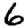
Digit: 6